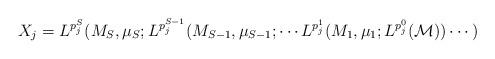
LaTeX: \begin{align*}X_j = L^{p_j^S} (M_S,\mu_S; L^{p_j^{S-1}} (M_{S-1},\mu_{S-1};\cdots L^{p_j^{1}} (M_{1},\mu_{1}; L^{p_j^{0}}(\mathcal M))\cdots)\end{align*}